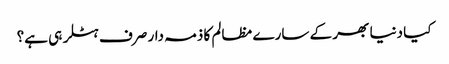
کیا دنیا بھر کے سارے مظالم کا ذمہ دار صرف ہٹلر ہی ہے؟